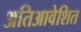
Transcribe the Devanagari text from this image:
अतिआवेशित